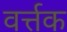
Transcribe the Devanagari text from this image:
वर्त्तक